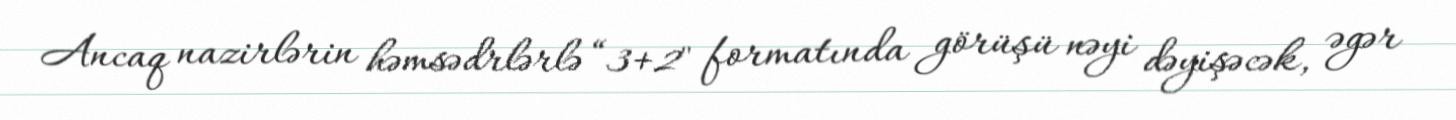
Ancaq nazirlərin həmsədrlərlə “3+2" formatında görüşü nəyi dəyişəcək, əgər